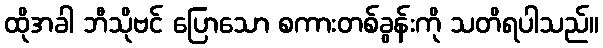
ထိုအခါ ဘီသိုဗင် ပြောသော စကားတစ်ခွန်းကို သတိရပါသည်။